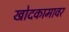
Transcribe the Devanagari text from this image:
खोदकामावर